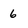
Character: 6